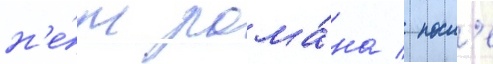
н'е́м рома́на / посл'е